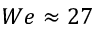
W e \approx 2 7